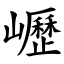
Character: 㠣